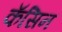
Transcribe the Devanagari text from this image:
कॅसिन